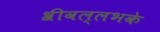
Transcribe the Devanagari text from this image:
श्रीवल्लभके